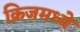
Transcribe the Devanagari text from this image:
क्रिजमध्ये